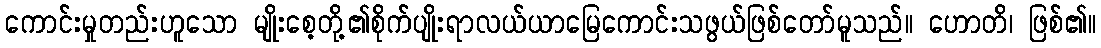
ကောင်းမှုတည်းဟူသော မျိုးစေ့တို့၏စိုက်ပျိုးရာလယ်ယာမြေကောင်းသဖွယ်ဖြစ်တော်မူသည်။ ဟောတိ၊ ဖြစ်၏။